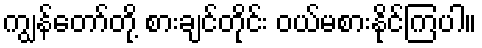
ကျွန်တော်တို့ စားချင်တိုင်း ဝယ်မစားနိုင်ကြပါ။